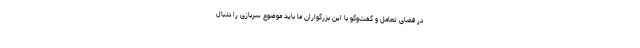
در فضای تعامل و گفت‌وگو با این بزرگواران ما باید موضوع سربازی را دنبال